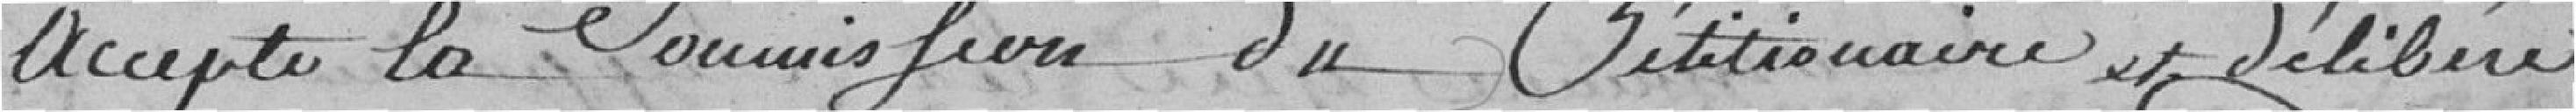
accepte la soumission du pétitionnaire et délibère